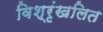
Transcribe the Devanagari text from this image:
विश्रृंखलित